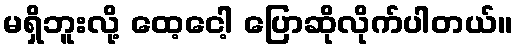
မရှိဘူးလို့ ထေ့ငေါ့ ပြောဆိုလိုက်ပါတယ်။